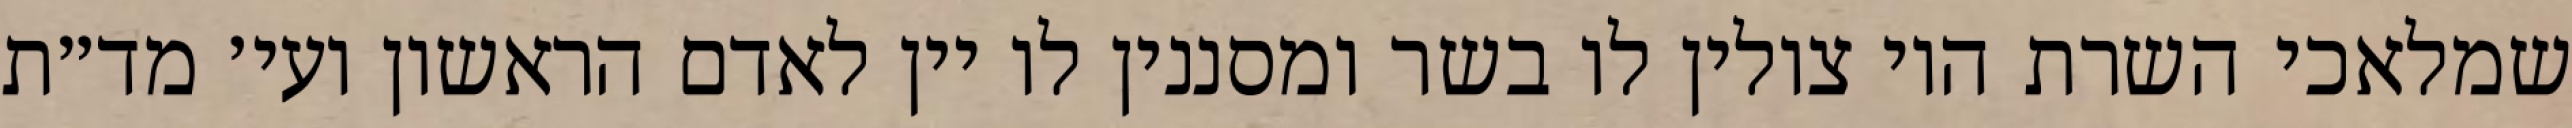
שמלאכי השרת היו צולין לו בשר ומסננין לו יין לאדם הראשון ועי׳ מד״ת